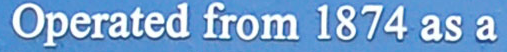
Operated from 1874 as a